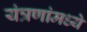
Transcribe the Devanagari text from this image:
यंत्रणांमध्ये